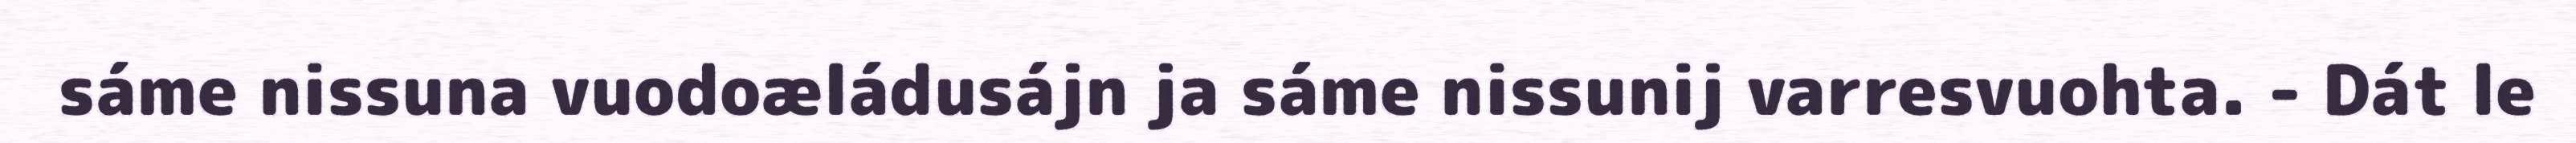
sáme nissuna vuodoæládusájn ja sáme nissunij varresvuohta. - Dát le